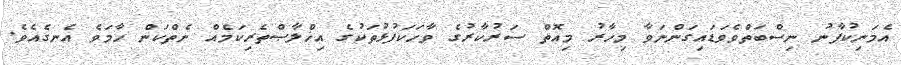
އެމަނިކުފާނު ނިސްބަތްވެވަޑައިގަންނަވާ މިހާރު މިއޮތް ސަރުކާރުގެ ވާހަކަފުޅުތަކުގެ އިޚްލާޞްތެރިކަމެއް ނެތްކަން ހާމަވެ އެނގެއެވެ.